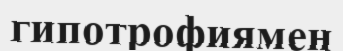
гипотрофиямен